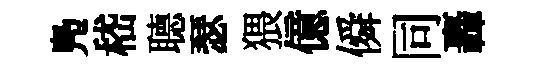
鳬嵇𦗟瑟猥億僢同轟